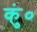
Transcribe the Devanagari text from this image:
कुं०